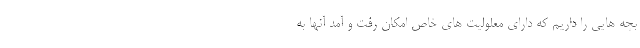
بچه هایی را داریم که دارای معلولیت های خاص امکان رفت و آمد آنها به